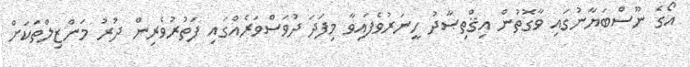
އޯގެ ނޫސްބަޔާނުގައި ވާގޮތުން އިޤްތިޞާދު ހީނަރުވެފައިވާ މިފަދަ ދުވަސްވަރެއްގައި ފަތުރުވެރިން ދުރު މަންޒިލްތަކަށް